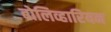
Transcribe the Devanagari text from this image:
बोलिव्हारियन